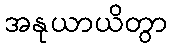
အနုယာယိတွာ